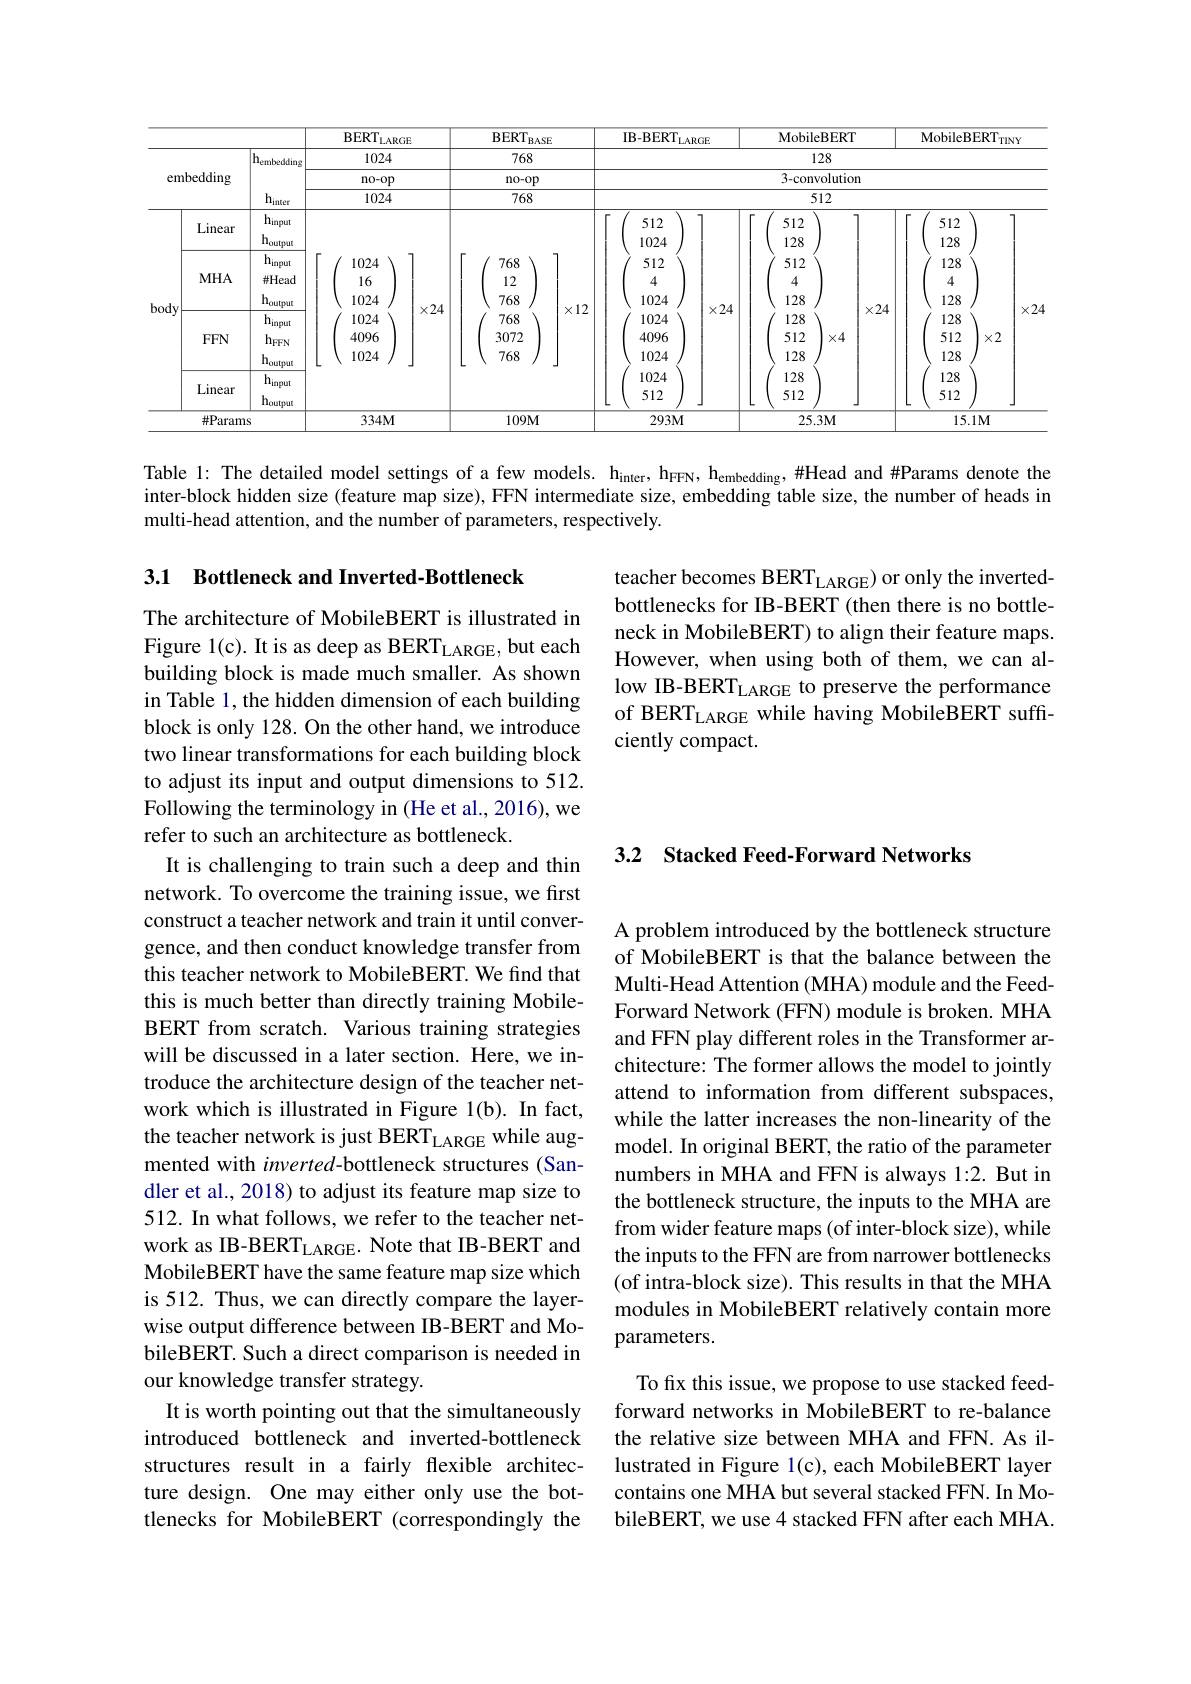
<table>
	<tbody>
		<tr>
			<th> </th>
			<th> </th>
			<th> </th>
			<th>$\mathrm{BERT}_{\mathrm{LARGE}}$</th>
			<th rowspan="2">$\mathbf{BERT}_{\mathrm{BASE}}$ 768</th>
			<th>$3ASE$</th>
			<th>IB-BERT $LARGE$</th>
			<th colspan="2">MobileBERT</th>
			<th> </th>
			<th>MobileBERT</th>
			<th>$TINY$</th>
		</tr>
		<tr>
			<td rowspan="3">embedding</td>
			<td> </td>
			<td>$\mathbf{h}_{\mathrm{embedding}}$</td>
			<td>1024</td>
			<td>3</td>
			<td> </td>
			<td colspan="5">128</td>
		</tr>
		<tr>
			<td>bedding</td>
			<td> </td>
			<td>no-op</td>
			<td>$n0-op$</td>
			<td>${\mathrm{'p}}$</td>
			<td colspan="6">3-convolution</td>
		</tr>
		<tr>
			<td> </td>
			<td>$h_{\mathrm{inter}}$</td>
			<td>1024</td>
			<td colspan="7">768 512</td>
			<td> </td>
		</tr>
		<tr>
			<td> </td>
			<td> </td>
			<td>$h_{\mathrm{input}}$</td>
			<td rowspan="10">$10\angle4$ 1024 16 1024 $\times24$ 1024 4096 1024</td>
			<td> </td>
			<td> </td>
			<td>512</td>
			<td>512</td>
			<td>7 2</td>
			<td>1</td>
			<td>512</td>
			<td>7</td>
		</tr>
		<tr>
			<td> </td>
			<td>LIICdL</td>
			<td>$h_{\mathrm{output}}$</td>
			<td> </td>
			<td> </td>
			<td>1024</td>
			<td>128</td>
			<td>28</td>
			<td> </td>
			<td>128</td>
			<td> </td>
		</tr>
		<tr>
			<td> </td>
			<td rowspan="3">$MHA$</td>
			<td>$h_{\mathrm{input}}$</td>
			<td>768</td>
			<td> </td>
			<td>512</td>
			<td>512</td>
			<td>12</td>
			<td> </td>
			<td>128</td>
			<td> </td>
		</tr>
		<tr>
			<td> </td>
			<td>$\#Head$</td>
			<td>12</td>
			<td> </td>
			<td>4</td>
			<td>4</td>
			<td>1</td>
			<td> </td>
			<td>4</td>
			<td> </td>
		</tr>
		<tr>
			<td> </td>
			<td>$h_{\mathrm{output}}$</td>
			<td>768</td>
			<td> </td>
			<td>1024</td>
			<td>128</td>
			<td>28</td>
			<td> </td>
			<td>128</td>
			<td> </td>
		</tr>
		<tr>
			<td>UUL $u_{1}$</td>
			<td rowspan="3">$FFN$</td>
			<td>$h_{\mathrm{input}}$</td>
			<td>768</td>
			<td>AIL</td>
			<td>1024</td>
			<td>128</td>
			<td>28</td>
			<td>ALH</td>
			<td>128</td>
			<td>AL</td>
		</tr>
		<tr>
			<td> </td>
			<td>$h_{FFN}$</td>
			<td>3072</td>
			<td> </td>
			<td>4096</td>
			<td>512</td>
			<td>12 $\times4$</td>
			<td> </td>
			<td>512 $\times2$</td>
			<td>2</td>
		</tr>
		<tr>
			<td> </td>
			<td>h</td>
			<td>768</td>
			<td> </td>
			<td>1024</td>
			<td>128</td>
			<td>28</td>
			<td> </td>
			<td>128</td>
			<td> </td>
		</tr>
		<tr>
			<td> </td>
			<td> </td>
			<td>$h_{\mathrm{i}}$ mi</td>
			<td> </td>
			<td> </td>
			<td>1024</td>
			<td>128</td>
			<td>28</td>
			<td> </td>
			<td>128</td>
			<td> </td>
		</tr>
		<tr>
			<td> </td>
			<td>Linear</td>
			<td>$h_{\mathrm{output}}$</td>
			<td> </td>
			<td> </td>
			<td>512</td>
			<td>512</td>
			<td>2</td>
			<td> </td>
			<td>512</td>
			<td>J</td>
		</tr>
		<tr>
			<td colspan="2">$\#$Params</td>
			<td> </td>
			<td rowspan="1">$334M$</td>
			<td>$109M$</td>
			<td>$M$</td>
			<td>$293M$</td>
			<td colspan="2">$25.3\mathbf{M}$</td>
			<td> </td>
			<td>$15.1M$</td>
			<td> </td>
		</tr>
	</tbody>
</table>

Table l: The detailed model settings of a few models. h$_{\mathrm{inter}},\mathrm{h}_{\mathrm{FFN}},\mathrm{h}_{\mathrm{embedding}},\#$Head and #Params denote the inter-block hidden size (feature map size), FFN intermediate size, embedding table size, the number of heads in multi-head attention, and the number of parameters, respectively.

3.1 Bottleneck and Inverted-Bottleneck

teacher becomes BERT$_\mathrm{LARGE}$) or only the invertedbottlenecks for IB-BERT (then there is no bottleneck in MobileBERT) to align their feature maps. However, when using both of them, we can allow IB-BERT$_\mathrm{LARGE}$ to preserve the performance of BERT$_\mathrm{LARGE}$ while having MobileBERT suffciently compact.

### 3.2 Stacked Feed-Forward Networks

The architecture of MobileBERT is illustrated in Figure l(c). It is as deep as BERT$_\mathrm{LARGE}$, but each building block is made much smaller. As shown in Table 1, the hidden dimension of each building block is only 128. On the other hand, we introduce two linear transformations for each building block to adjust its input and output dimensions to 512. Following the terminology in (He et al., 2016), we refer to such an architecture as bottleneck
It is challenging to train such a deep and thin network. To overcome the training issue, we first construct a teacher network and train it until convergence, and then conduct knowledge transfer from this teacher network to MobileBERT. We find that this is much better than directly training MobileBERT from scratch. Various training strategies will be discussed in a later section. Here, we introduce the architecture design of the teacher network which is illustrated in Figure 1(b). In fact, the teacher network is just BERT$_\mathrm{LARGE}$ while augmented with inverted-bottleneck structures (Sandler et al., 2018) to adjust its feature map size to 512. In what follows, we refer to the teacher network as IB-BERT$_\mathrm{LARGE}.$ Note that IB-BERT and MobileBERT have the same feature map size which is 512. Thus, we can directly compare the layerwise output difference between IB-BERT and MobileBERT. Such a direct comparison is needed in our knowledge transfer strategy.
It is worth pointing out that the simultaneously introduced bottleneck and inverted-bottleneck structures result in a fairly flexible architecture design. One may either only use the bottlenecks for MobileBERT (correspondingly the

A problem introduced by the bottleneck structure of MobileBERT is that the balance between the Multi-Head Attention (MHA) module and the FeedForward Network (FFN) module is broken. MHA and FFN play different roles in the Transformer architecture: The former allows the model to jointly attend to information from different subspaces, while the latter increases the non-linearity of the model. In original BERT, the ratio of the parameter numbers in MHA and FFN is always 1:2. But in the bottleneck structure, the inputs to the MHA are from wider feature maps (of inter-block size), while the inputs to the FFN are from narrower bottlenecks (of intra-block size). This results in that the MHA modules in MobileBERT relatively contain more parameters.

To fix this issue, we propose to use stacked feedforward networks in MobileBERT to re-balance the relative size between MHA and FFN. As illustrated in Figure 1(c), each MobileBERT layer contains one MHA but several stacked FFN. In MobileBERT, we use 4 stacked FFN after each MHA.